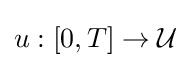
u:[0,T]\to {\mathcal {U}}